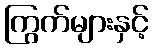
ကြွက်များနှင့်